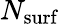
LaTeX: N_{\mathrm{surf}}